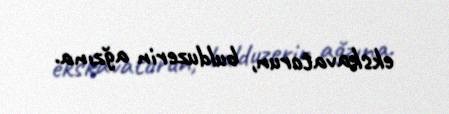
ekskavatorun, bulduzerin ağzına.